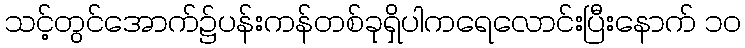
သင့်တွင်အောက်၌ပန်းကန်တစ်ခုရှိပါကရေလောင်းပြီးနောက် ၁၀